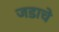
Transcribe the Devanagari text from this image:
जडाचे